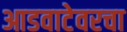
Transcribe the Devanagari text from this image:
आडवाटेवरचा